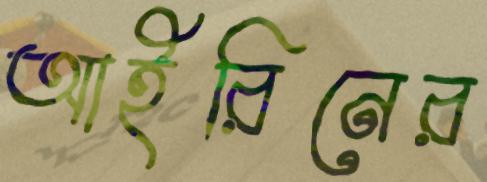
আইরিনের